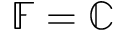
\mathbb { F } = \mathbb { C }